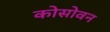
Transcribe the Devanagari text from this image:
कोसोवन